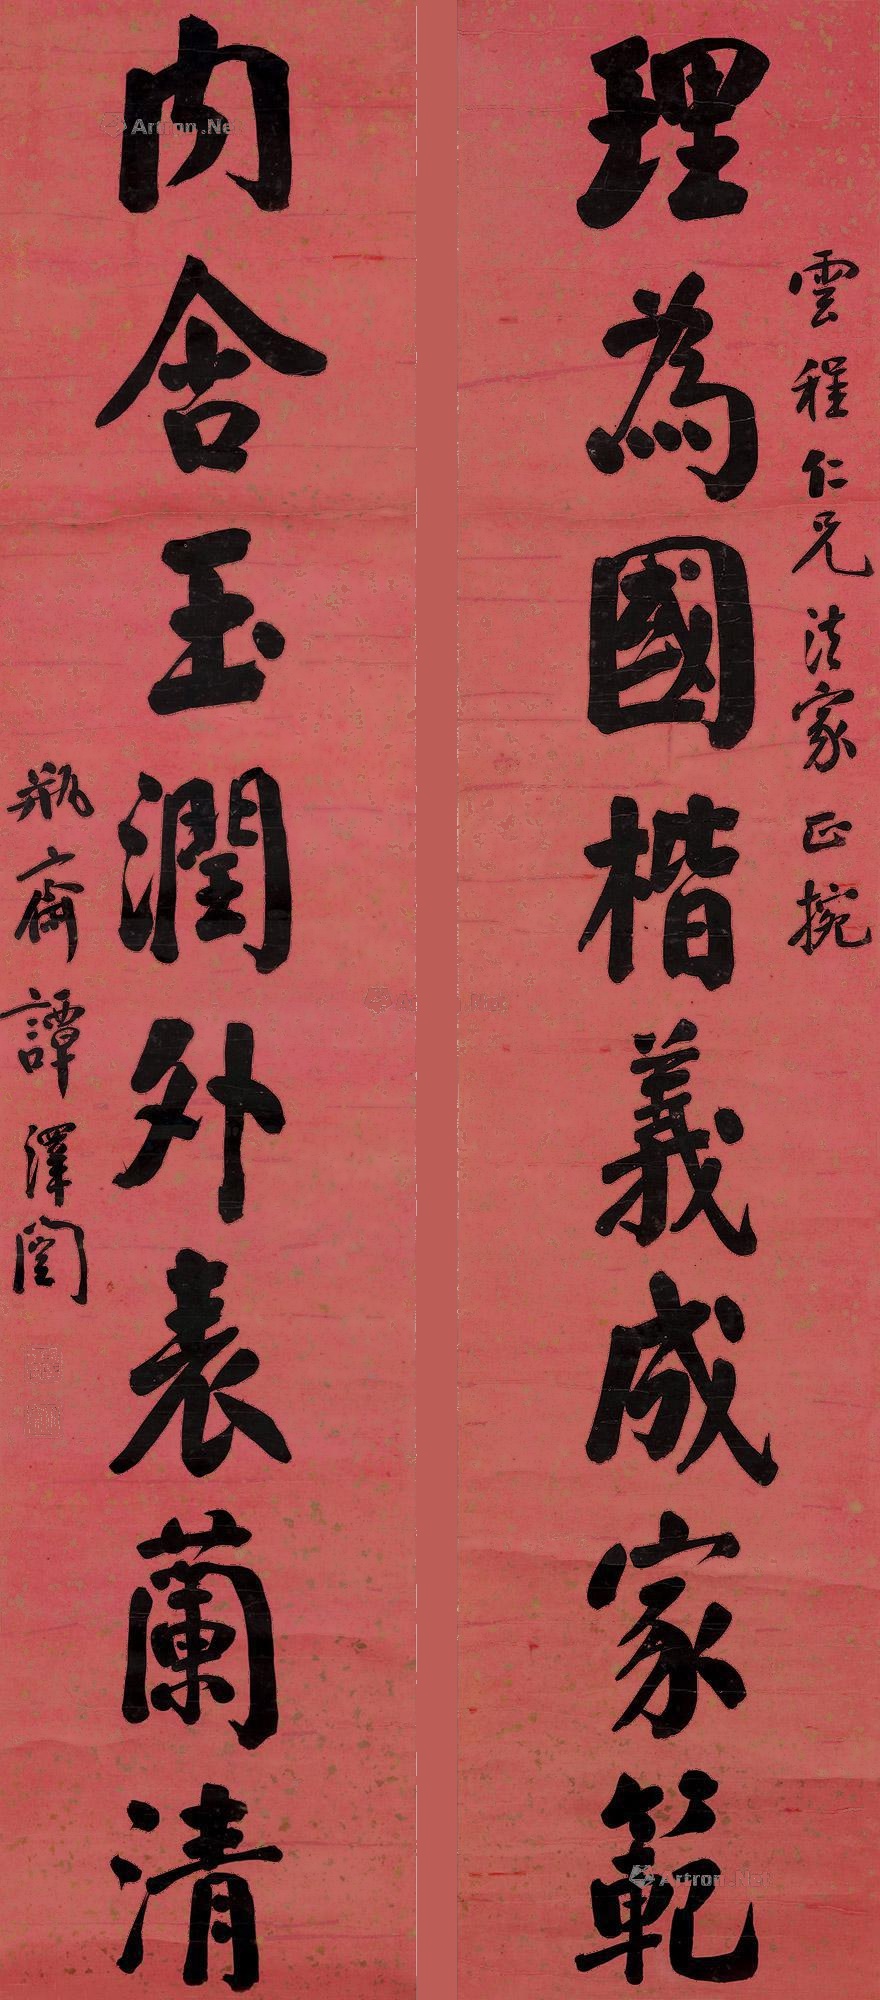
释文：理为国楷，义成家范；内含玉润，外表澜清。云程仁兄法家正捥，瓶斋谭泽闿。